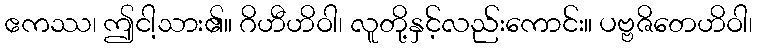
ဧကဿ၊ ဤငါ့သား၏။ ဂိဟီဟိဝါ၊ လူတို့နှင့်လည်းကောင်း။ ပဗ္ဗဇိတေဟိဝါ၊